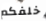
خلفكم